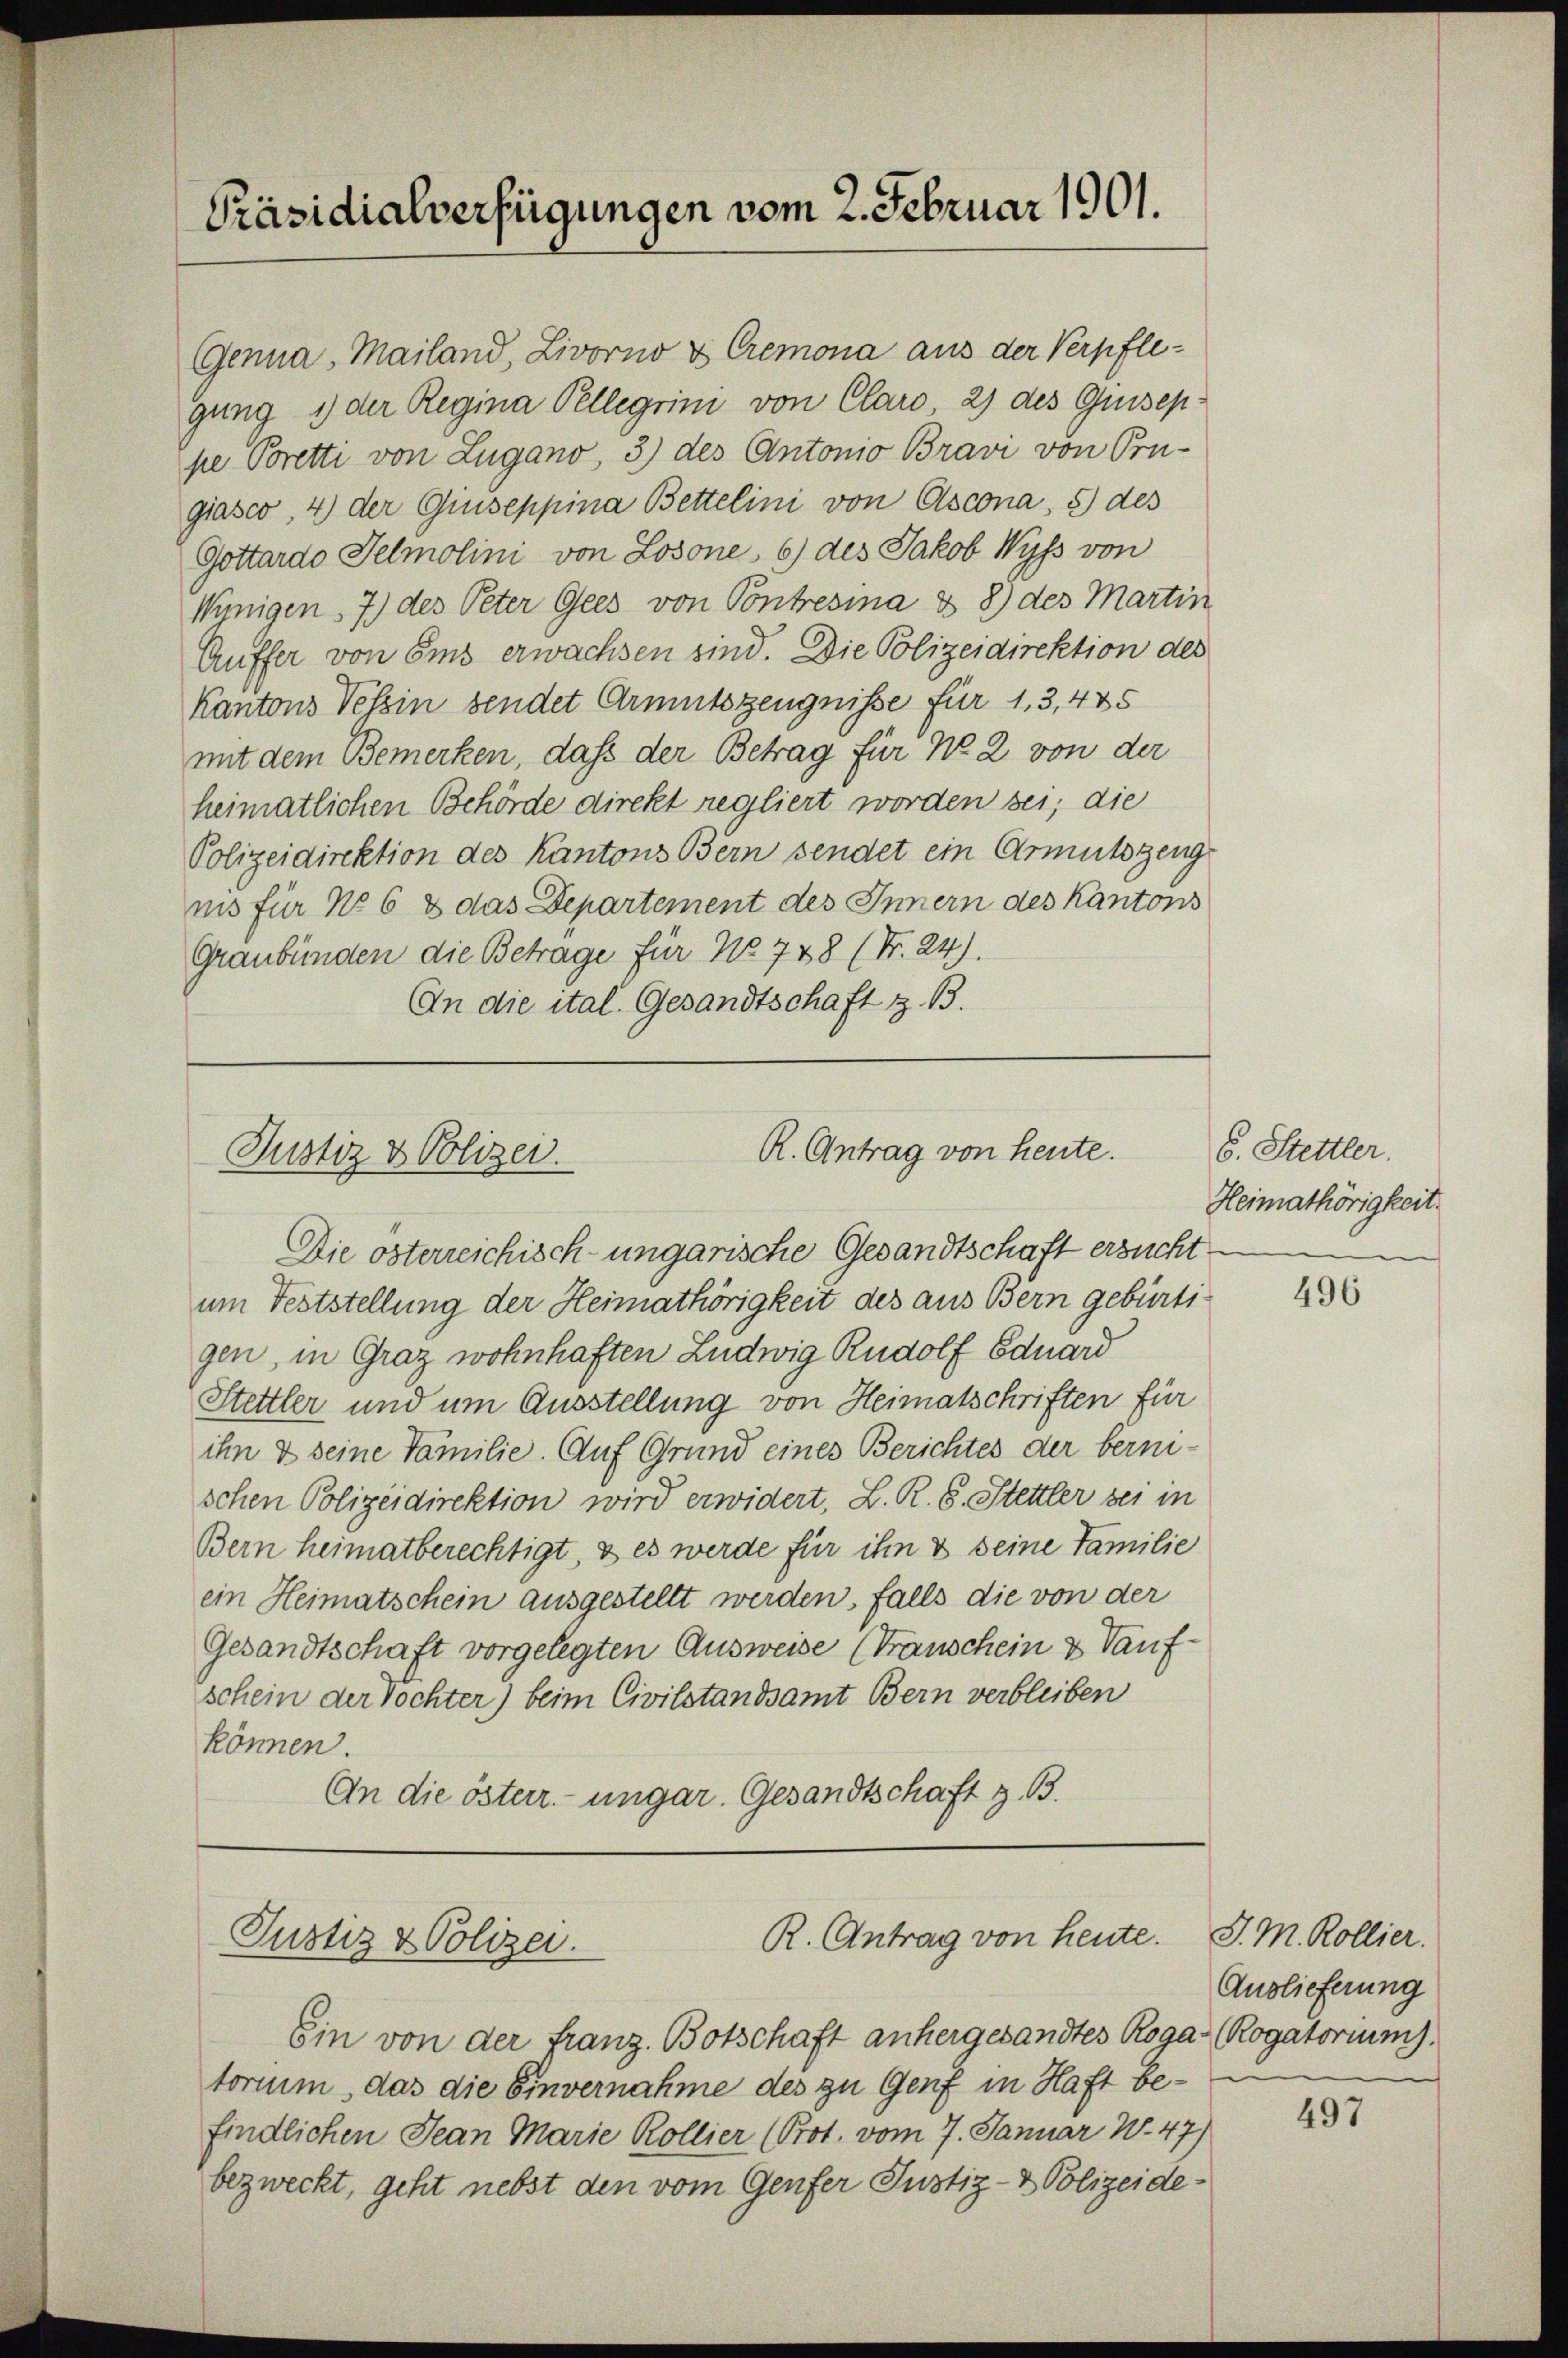
Präsidialverfügungen vom 2. Februar 1901.

Genna, Mailand, Livorno & Cremona aus der Verpfle-
gung 1 der Regina Pelligrini von Claro 2) des Guseppe Poretti von Lugano, 3) des Antonio Bravi von Orn-
giasco, 4) der Quiseppina Bettelini von Ascona, 5 des
Gottardo Telmolini von Losone, 6) des Jakob Wyss von
Wünigen, 7) des Peter Gees von Contresina & 8) des Martin
Auffer von Eins erwachsen sind. Die Polizeidirektion des
Kantons Tessin bendet Armutszeugnisse für 1,3,485
mit dem Bemerken, dass der Betrag für No 2 von der
heimatlichen Behörde direkt regliert worden sei; die
Polizeidirektion des Kantons Bern sendet ein Armutsgeng
nis für No 6 & das Departement des Innern des Kantons
Graubünden die Betrage für No 748 (Nr. 24).
An die ital. Gesandtschaft z. B.

R. Antrag von heute.
Justiz & Polizei.

Die österreichisch-ungarische Gesandtschaft ersucht
um Feststellung der Heimathörigkeit des aus Bern gebürti
gen, in Graz wohnhaften Ludwig Rudolf Eduard
Stettler und um Ausstellung von Heimatschriften für
ihn & seine Familie. Auf Grund eines Berichtes der berni-
schen Polizeidirektion wird erwidert, L. R. S. Stettler bei in
Bern heimatberechtigt, & es werde für ihn & seine Familie
ein Heimatschein ausgestellt werden, falls die von der
Gesandtschaft vorgelegten Ausweise (Transchein & Tauf-
schein der Töchter) beim Civilstandsamt Bern verbleiben
können.
An die österr. ungar. Gesandtschaft z. B.

R. Antrag von heute. P. M. Kollier.
Justiz & Polizei.

Ein von der franz. Botschaft anhergesandtes Roga (Rogatorium).
torium, das die Einvernahme des zu Genf in Haft befindlichen Jean Marie Kollier (Prot. vom 7. Januar W. 47)
bezweckt, geht nebst den vom Genfer Justiz- & Polizeide¬

6. Stettler.
Heimathörigkeit.

496

Auslieferung

497